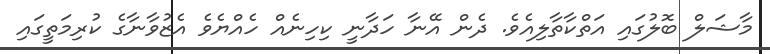
މާޝަލް ބޮލުގައި އަތްކާތާލިއެވެ. ދެން އޭނާ ހަދާނީ ކިހިނެއް ހެއްޔެވެ އެޒުވާނާގެ ކުރިމަތީގައި